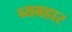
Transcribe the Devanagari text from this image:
ब्यबहार